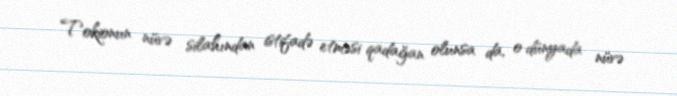
Tokionun nüvə silahından istifadə etməsi qadağan olunsa da, o dünyada nüvə